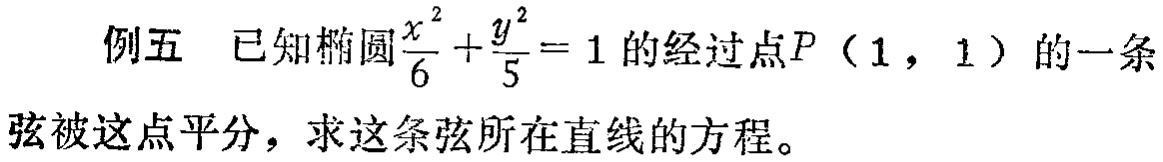
例五 已知椭圆$\frac{x^{2}}{6}+\frac{y^{2}}{5}=1$的经过点$P(1,1)$的一条弦被这点平分，求这条弦所在直线的方程。